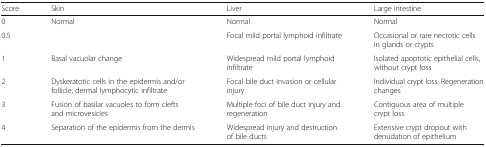
| Score | Skin | Liver | Large intestine |
 | --- | --- | --- | --- |
 | 0 | Normal | Normal | Normal |
 | 0.5 |  | Focal mild portal lymphoid infiltrate | Occasional or rare necrotic cells in glands or crypts |
 | 1 | Basal vacuolar change | Widespread mild portal lymphoid infiltrate | Isolated apoptotic epithelial cells, without crypt loss |
 | 2 | Dyskeratotic cells in the epidermis and/or follicle, dermal lymphocytic infiltrate | Focal bile duct invasion or cellular injury | Individual crypt loss. Regeneration changes |
 | 3 | Fusion of basilar vacuoles to form clefts and microvesicles | Multiple foci of bile duct injury and regeneration | Contiguous area of multiple crypt loss |
 | 4 | Separation of the epidermis from the dermis | Widespread injury and destruction of bile ducts | Extensive crypt dropout with denudation of epithelium |